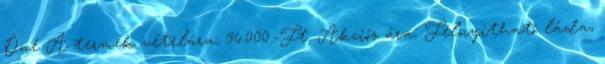
Öné A termék vételára: 36.000.-Ft. Akciós ára: Felnyitható láda,